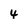
Character: 4